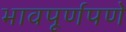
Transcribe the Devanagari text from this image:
भावपूर्णपणे